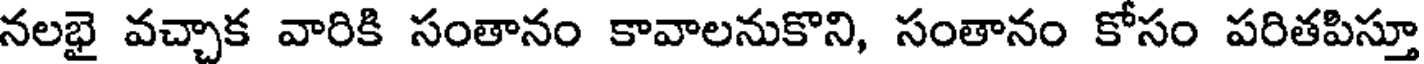
నలభై వచ్చాక వారికి సంతానం కావాలనుకొని, సంతానం కోసం పరితపిస్తూ